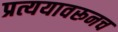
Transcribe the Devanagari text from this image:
प्रत्ययावरूनच